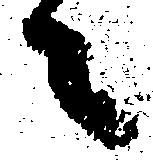
々